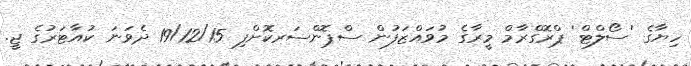
ހިޔާގެ 'ސޯލްޓް' ޕްރޮގްރާމް މީރާގެ މުވައްޒަފުން ސްޕޮންސަރކޮށްފި 19/12/15 ދެވަނަ ކުއާޓަރުގެ ޖީ.